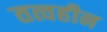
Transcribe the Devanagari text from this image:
तत्वहीन